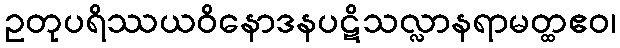
ဥတုပရိဿယဝိနောဒနပဋိသလ္လာနရာမတ္ထဧဝ၊